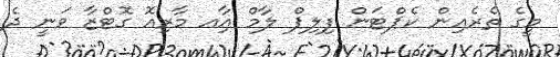
މީގެ ތެރެއިން ކެޕްޓަން ފިލިޕް ލާމް އާިއ މާރިއޮ ގޮޓްޒާ ވަނީ ދެ